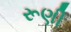
રૂણી